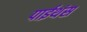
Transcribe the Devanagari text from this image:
पाईथंस